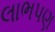
લાભપણ